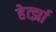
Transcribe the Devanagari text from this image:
हेर्त्झा